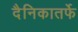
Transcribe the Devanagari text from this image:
दैनिकातर्फे